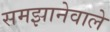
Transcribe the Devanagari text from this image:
समझानेवाले